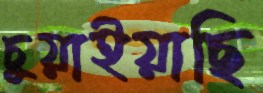
চুয়াইয়াছি